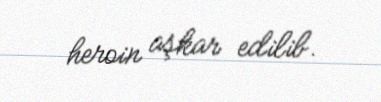
heroin aşkar edilib.